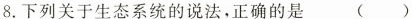
8.下列关于生态系统的说法，正确的是()